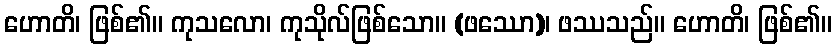
ဟောတိ၊ ဖြစ်၏။ ကုသလော၊ ကုသိုလ်ဖြစ်သော။ (ဖဿော)၊ ဖဿသည်။ ဟောတိ၊ ဖြစ်၏။